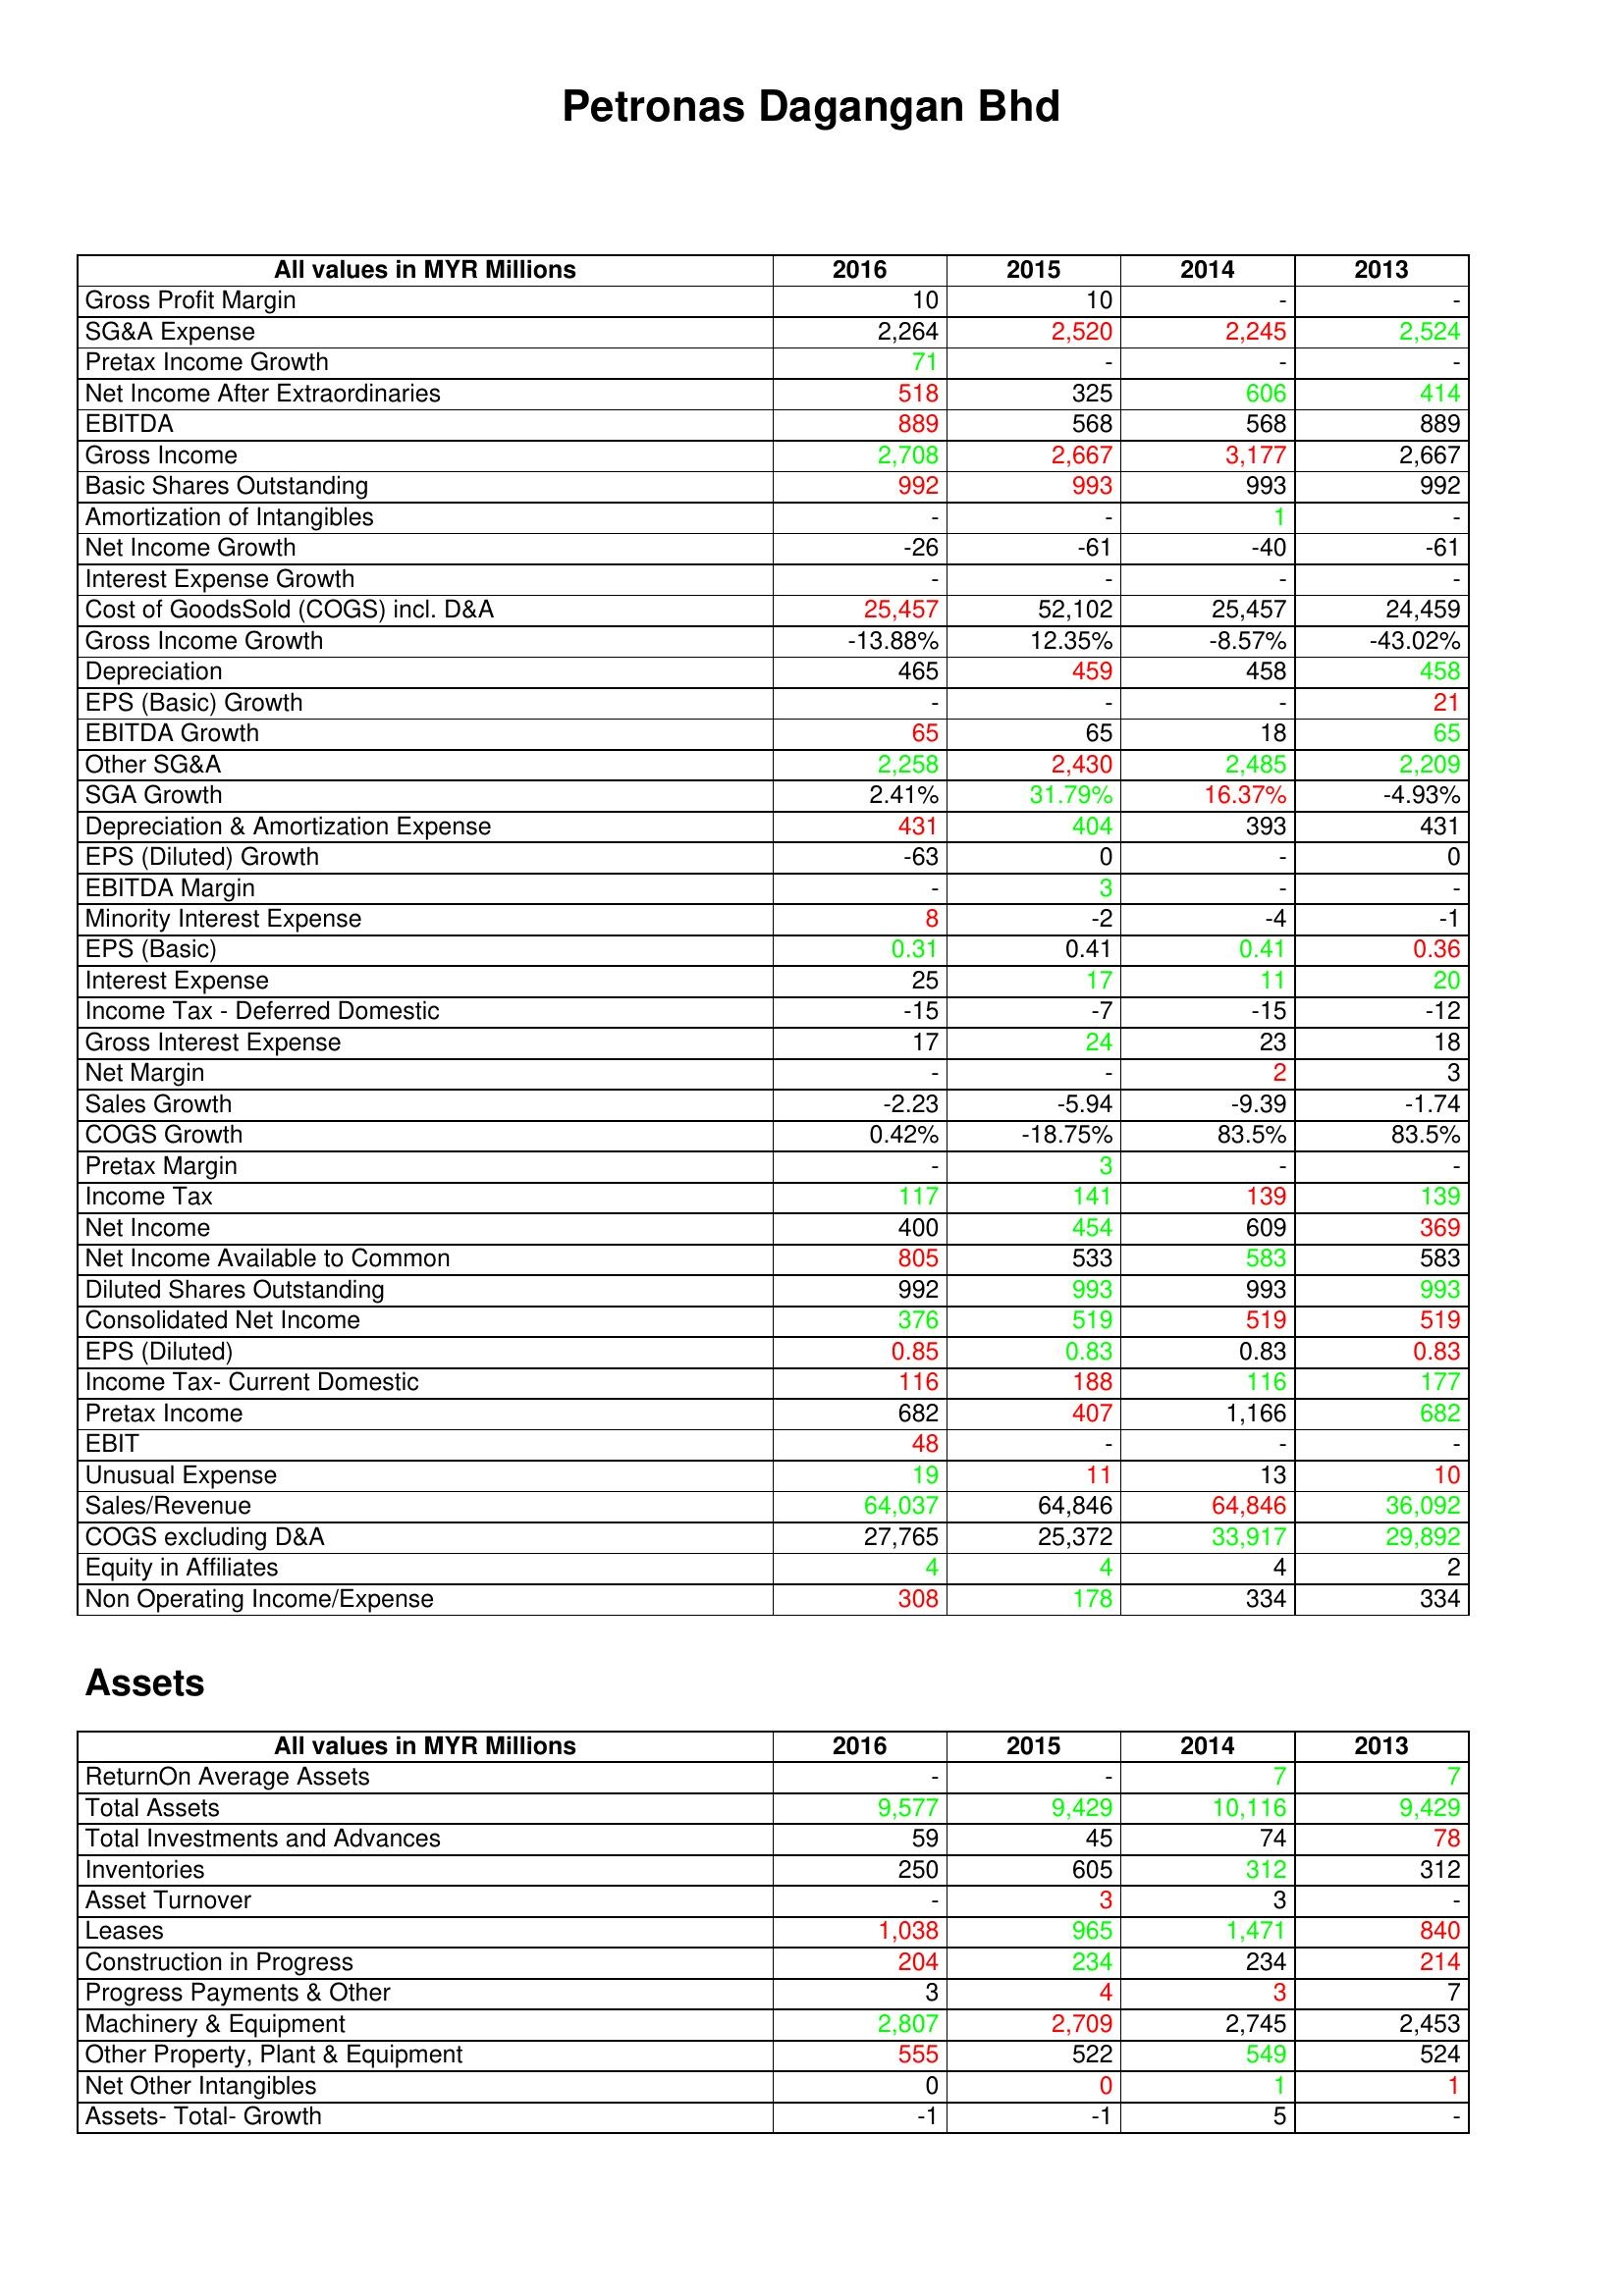
gt_parse: 2016: : Gross Profit Margin: 10
SG&A Expense: 2,264
Pretax Income Growth: 71
Net Income After Extraordinaries: 518
EBITDA: 889
Gross Income: 2,708
Basic Shares Outstanding: 992
Amortization of Intangibles: -
Net Income Growth: -26
Interest Expense Growth: -
Cost of GoodsSold (COGS) incl. D&A: 25,457
Gross Income Growth: -13.88%
Depreciation: 465
EPS (Basic) Growth: -
EBITDA Growth: 65
Other SG&A: 2,258
SGA Growth: 2.41%
Depreciation & Amortization Expense: 431
EPS (Diluted) Growth: -63
EBITDA Margin: -
Minority Interest Expense: 8
EPS (Basic): 0.31
Interest Expense: 25
Income Tax - Deferred Domestic: -15
Gross Interest Expense: 17
Net Margin: -
Sales Growth: -2.23
COGS Growth: 0.42%
Pretax Margin: -
Income Tax: 117
Net Income: 400
Net Income Available to Common: 805
Diluted Shares Outstanding: 992
Consolidated Net Income: 376
EPS (Diluted): 0.85
Income Tax- Current Domestic: 116
Pretax Income: 682
EBIT: 48
Unusual Expense: 19
Sales/Revenue: 64,037
COGS excluding D&A: 27,765
Equity in Affiliates: 4
Non Operating Income/Expense: 308
Assets: ReturnOn Average Assets: -
Total Assets: 9,577
Total Investments and Advances: 59
Inventories: 250
Asset Turnover: -
Leases: 1,038
Construction in Progress: 204
Progress Payments & Other: 3
Machinery & Equipment: 2,807
Other Property, Plant & Equipment: 555
Net Other Intangibles: 0
Assets- Total- Growth: -1
2015: : Gross Profit Margin: 10
SG&A Expense: 2,520
Pretax Income Growth: -
Net Income After Extraordinaries: 325
EBITDA: 568
Gross Income: 2,667
Basic Shares Outstanding: 993
Amortization of Intangibles: -
Net Income Growth: -61
Interest Expense Growth: -
Cost of GoodsSold (COGS) incl. D&A: 52,102
Gross Income Growth: 12.35%
Depreciation: 459
EPS (Basic) Growth: -
EBITDA Growth: 65
Other SG&A: 2,430
SGA Growth: 31.79%
Depreciation & Amortization Expense: 404
EPS (Diluted) Growth: 0
EBITDA Margin: 3
Minority Interest Expense: -2
EPS (Basic): 0.41
Interest Expense: 17
Income Tax - Deferred Domestic: -7
Gross Interest Expense: 24
Net Margin: -
Sales Growth: -5.94
COGS Growth: -18.75%
Pretax Margin: 3
Income Tax: 141
Net Income: 454
Net Income Available to Common: 533
Diluted Shares Outstanding: 993
Consolidated Net Income: 519
EPS (Diluted): 0.83
Income Tax- Current Domestic: 188
Pretax Income: 407
EBIT: -
Unusual Expense: 11
Sales/Revenue: 64,846
COGS excluding D&A: 25,372
Equity in Affiliates: 4
Non Operating Income/Expense: 178
Assets: ReturnOn Average Assets: -
Total Assets: 9,429
Total Investments and Advances: 45
Inventories: 605
Asset Turnover: 3
Leases: 965
Construction in Progress: 234
Progress Payments & Other: 4
Machinery & Equipment: 2,709
Other Property, Plant & Equipment: 522
Net Other Intangibles: 0
Assets- Total- Growth: -1
2014: : Gross Profit Margin: -
SG&A Expense: 2,245
Pretax Income Growth: -
Net Income After Extraordinaries: 606
EBITDA: 568
Gross Income: 3,177
Basic Shares Outstanding: 993
Amortization of Intangibles: 1
Net Income Growth: -40
Interest Expense Growth: -
Cost of GoodsSold (COGS) incl. D&A: 25,457
Gross Income Growth: -8.57%
Depreciation: 458
EPS (Basic) Growth: -
EBITDA Growth: 18
Other SG&A: 2,485
SGA Growth: 16.37%
Depreciation & Amortization Expense: 393
EPS (Diluted) Growth: -
EBITDA Margin: -
Minority Interest Expense: -4
EPS (Basic): 0.41
Interest Expense: 11
Income Tax - Deferred Domestic: -15
Gross Interest Expense: 23
Net Margin: 2
Sales Growth: -9.39
COGS Growth: 83.5%
Pretax Margin: -
Income Tax: 139
Net Income: 609
Net Income Available to Common: 583
Diluted Shares Outstanding: 993
Consolidated Net Income: 519
EPS (Diluted): 0.83
Income Tax- Current Domestic: 116
Pretax Income: 1,166
EBIT: -
Unusual Expense: 13
Sales/Revenue: 64,846
COGS excluding D&A: 33,917
Equity in Affiliates: 4
Non Operating Income/Expense: 334
Assets: ReturnOn Average Assets: 7
Total Assets: 10,116
Total Investments and Advances: 74
Inventories: 312
Asset Turnover: 3
Leases: 1,471
Construction in Progress: 234
Progress Payments & Other: 3
Machinery & Equipment: 2,745
Other Property, Plant & Equipment: 549
Net Other Intangibles: 1
Assets- Total- Growth: 5
2013: : Gross Profit Margin: -
SG&A Expense: 2,524
Pretax Income Growth: -
Net Income After Extraordinaries: 414
EBITDA: 889
Gross Income: 2,667
Basic Shares Outstanding: 992
Amortization of Intangibles: -
Net Income Growth: -61
Interest Expense Growth: -
Cost of GoodsSold (COGS) incl. D&A: 24,459
Gross Income Growth: -43.02%
Depreciation: 458
EPS (Basic) Growth: 21
EBITDA Growth: 65
Other SG&A: 2,209
SGA Growth: -4.93%
Depreciation & Amortization Expense: 431
EPS (Diluted) Growth: 0
EBITDA Margin: -
Minority Interest Expense: -1
EPS (Basic): 0.36
Interest Expense: 20
Income Tax - Deferred Domestic: -12
Gross Interest Expense: 18
Net Margin: 3
Sales Growth: -1.74
COGS Growth: 83.5%
Pretax Margin: -
Income Tax: 139
Net Income: 369
Net Income Available to Common: 583
Diluted Shares Outstanding: 993
Consolidated Net Income: 519
EPS (Diluted): 0.83
Income Tax- Current Domestic: 177
Pretax Income: 682
EBIT: -
Unusual Expense: 10
Sales/Revenue: 36,092
COGS excluding D&A: 29,892
Equity in Affiliates: 2
Non Operating Income/Expense: 334
Assets: ReturnOn Average Assets: 7
Total Assets: 9,429
Total Investments and Advances: 78
Inventories: 312
Asset Turnover: -
Leases: 840
Construction in Progress: 214
Progress Payments & Other: 7
Machinery & Equipment: 2,453
Other Property, Plant & Equipment: 524
Net Other Intangibles: 1
Assets- Total- Growth: -